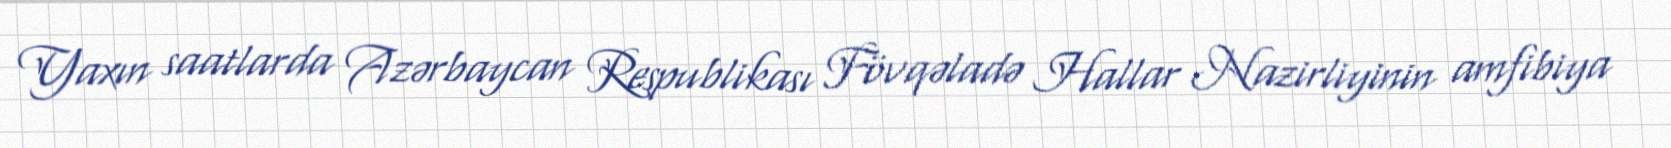
Yaxın saatlarda Azərbaycan Respublikası Fövqəladə Hallar Nazirliyinin amfibiya